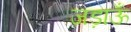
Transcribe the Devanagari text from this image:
जड़ाऊँ